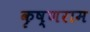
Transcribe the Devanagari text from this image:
कृष्णराम